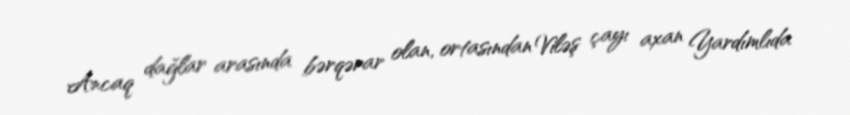
Ancaq dağlar arasında bərqərar olan, ortasından Viləş çayı axan Yardımlıda